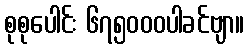
စုစုပေါင်း ၆၇၅၀၀၀ပါခင်ဗျာ။